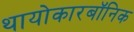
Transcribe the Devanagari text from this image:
थायोकारबॉनिक